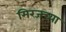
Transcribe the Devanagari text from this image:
मिरजच्या